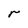
Character: r